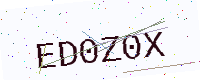
Text: ED0Z0X